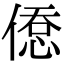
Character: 𢞋